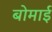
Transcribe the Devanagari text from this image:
बोमाई